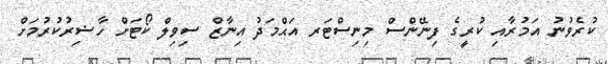
ކުރެވުނު އަމުރާއި ކުރީގެ ފިނޭންސް މިނިސްޓަރ އަޙްމަދު އިނާޒް ސިވިލް ކޯޓަށް ހާޟިރުކުރުމަށް